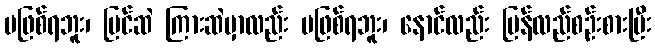
မဖြစ်ရဘူး၊ မြင်ဆဲ ကြားဆဲမှာလည်း မဖြစ်ရဘူး၊ နောင်လည်း ပြန်လည်စဉ်းစားပြီး